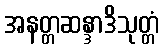
အနတ္တဆန္ဒာဒိသုတ္တံ